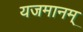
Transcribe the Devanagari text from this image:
यजमानम्‌